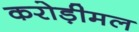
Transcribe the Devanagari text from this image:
करोड़ीमल